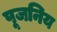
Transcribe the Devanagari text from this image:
पूजनिय